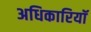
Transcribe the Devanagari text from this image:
अधिकारियॉ